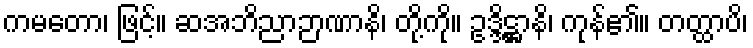
ကမတော၊ ဖြင့်။ ဆအဘိညာဉာဏာနိ၊ တို့ကို။ ဥဒ္ဒိဋ္ဌာနိ၊ ကုန်၏။ တတ္ထာပိ၊